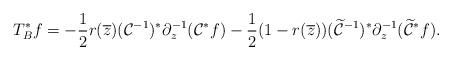
LaTeX: \begin{align*}T_{B}^*f=-\frac 12 r(\overline z) (\mathcal C^{-1})^*\partial^{-1}_{ z}(\mathcal C^*f)-\frac 12(1-r(\overline z)) (\widetilde {\mathcal C}^{-1})^*\partial^{-1}_{z} (\widetilde {\mathcal C}^*f).\end{align*}